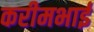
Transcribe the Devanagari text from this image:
करीमभाई